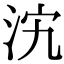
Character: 𣲼